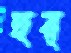
হর্